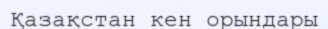
Қазақстан кен орындары